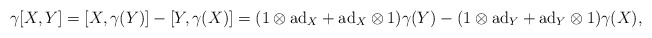
\begin{align*}\gamma[X,Y]=[X,\gamma(Y)]-[Y,\gamma(X)]=(1\otimes \mathrm{ad}_{X}+\mathrm{ad}_{X}\otimes 1)\gamma(Y)-(1\otimes \mathrm{ad}_{Y}+\mathrm{ad}_{Y}\otimes 1)\gamma(X),\end{align*}